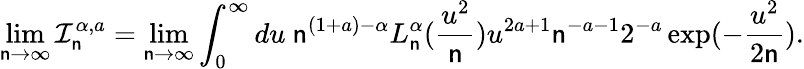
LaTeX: \operatorname*{lim}_{\mathsf{n}\to\infty}\mathcal{{I}}_{\mathsf{n}}^{\alpha,a}=\operatorname*{lim}_{\mathsf{n}\to\infty}\int_{0}^{\infty}du\ \mathsf{n}^{(1+a)-\alpha}L_{\mathsf{n}}^{\alpha}(\frac{{u^{2}}}{{\mathsf{n}}})u^{2a+1}\mathsf{n}^{-a-1}2^{-a}\exp(-\frac{{u^{2}}}{{2\mathsf{n}}}).